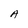
Character: A